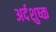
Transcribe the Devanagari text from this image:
अर्दशुष्क